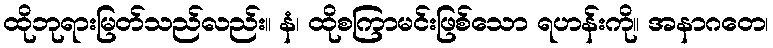
ထိုဘုရားမြတ်သည်လည်း။ နံ၊ ထိုစကြာမင်းဖြစ်သော ရဟန်းကို။ အနာဂတေ၊